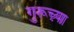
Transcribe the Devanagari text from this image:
गुरूच़्या